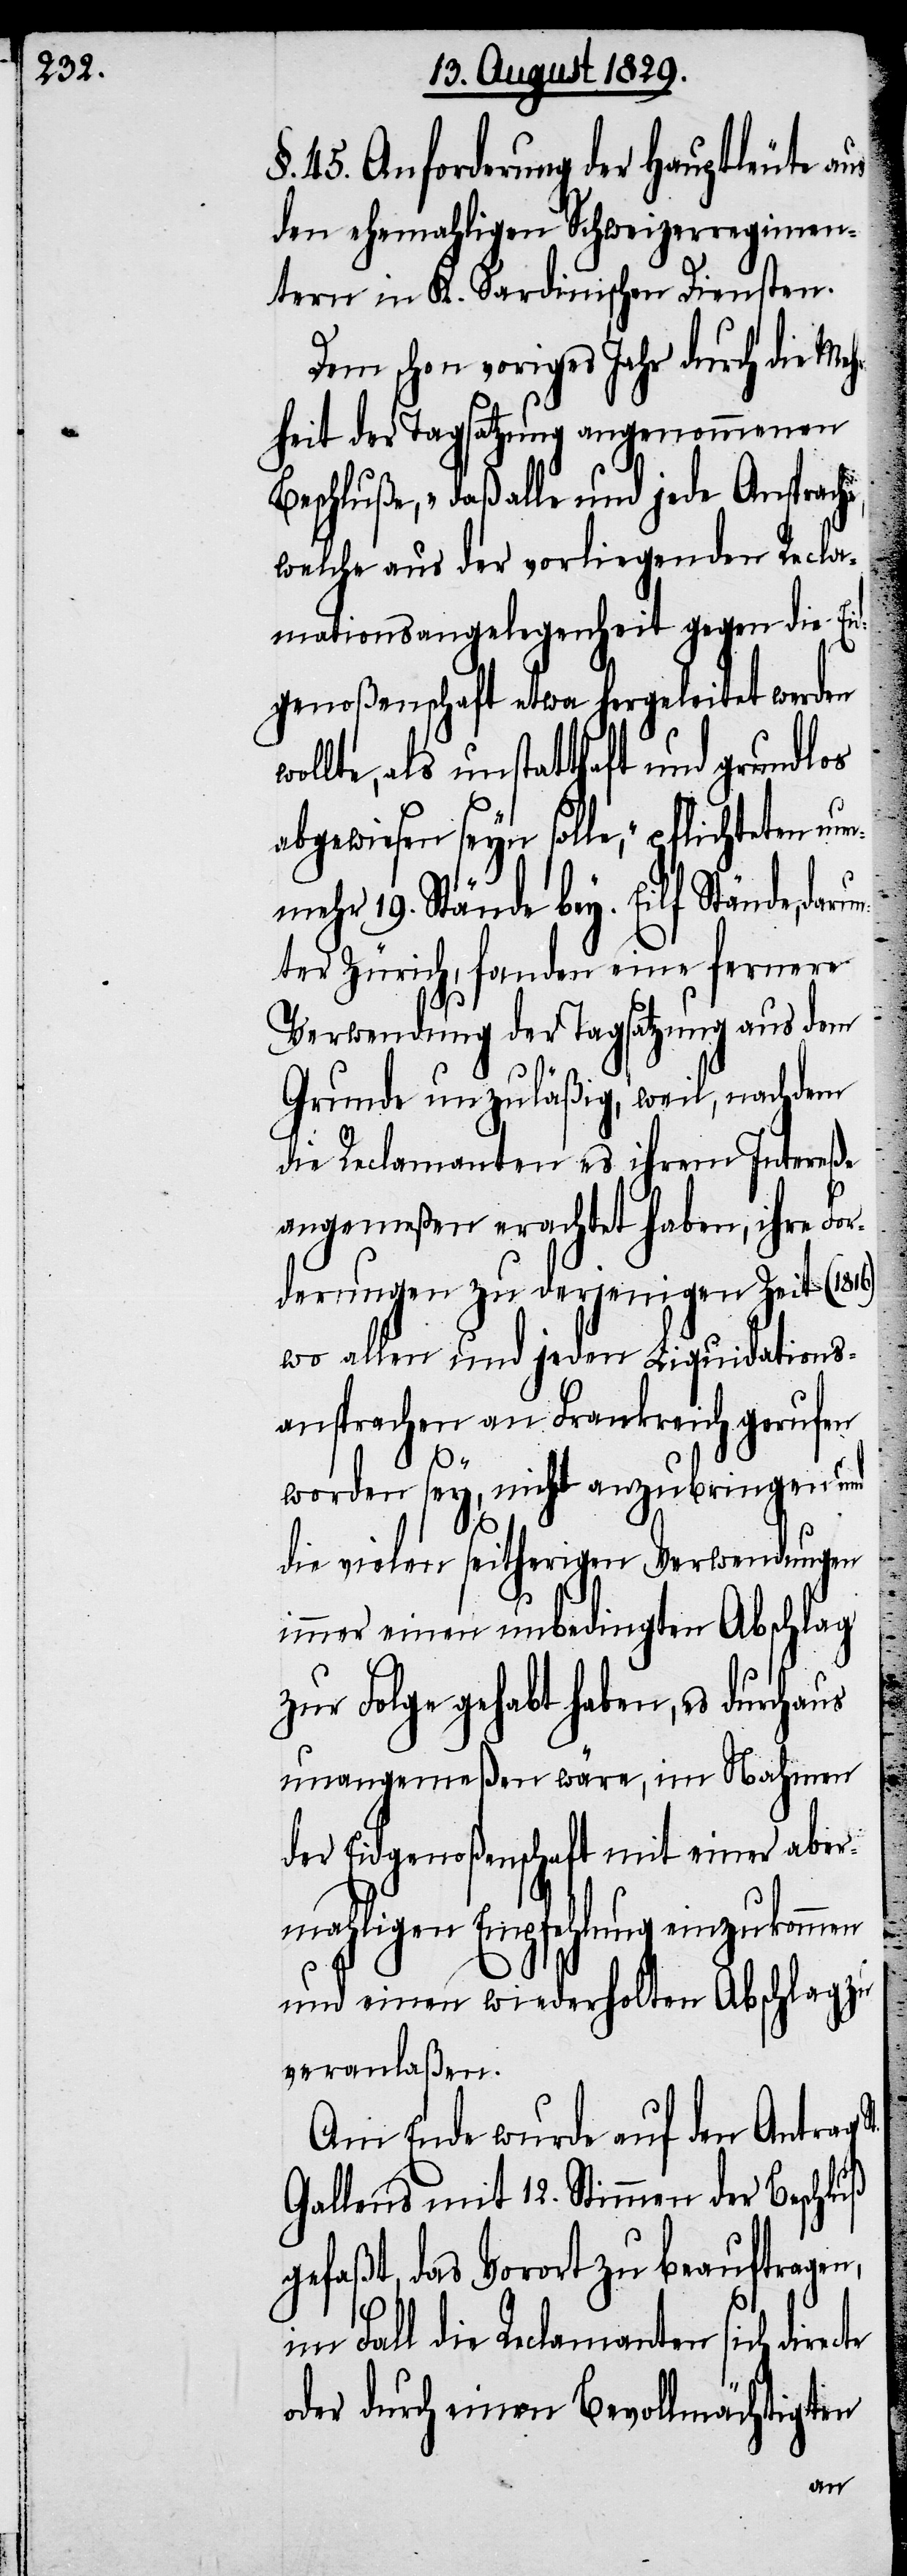
§. 45. Anforderung der Hauptleute aus
den ehemahligen Schweizerregimen¬
tern in K. Sardinischen Diensten.
Dem schon voriges Jahr durch die Meh¬
rheit der Tagsatzung angenommenen
Beschluße, „daß alle und jede Ansprach¬
welche aus der vorliegenden Recla¬
mationsangelegenheit gegen die Eid¬
genoßenschaft etwa hergeleitet werden
als unstatthaft und grundlos
abgewiesen seyn solle“, pflichteten nun¬
mehr 19. Stände bey. Eilf Stände, daru¬
nter Zürich, fanden eine fernere
Verwendung der Tagsatzung aus dem
Grunde unzuläßig, weil, nachdem
die Reclamanten es ihrem Intereße
angemeßen erachtet haben, ihre For¬
derungen zu derjenigen Zeit (1816)
wo allen und jeden Liquidations¬
ansprachen von Frankreich gerufen
worden sey, nicht anzubringen und
die vielen seitherigen Verwendungen
immer einen unbedingten Abschlag
zur Folge gehabt haben, es durchaus
unangemeßen wäre, im Nahmen
der Eidgenoßenschaft mit einer aber¬
mahligen Empfehlung einzukommen
und einen wiederholten Abschlag zu
veranlaßen.
Am Ende wurde auf den Antrag
Gallens mit 12. Stimmen der Beschluß
gefaßt, das Vorort zu beauftragen,
e,
im Fall die Reclamanten sich directe
oder durch einen Bevollmächtigten